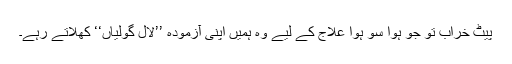
پیٹ خراب تو جو ہوا سو ہوا علاج کے لیے وہ ہمیں اپنی آزمودہ ’’لال گولیاں‘‘ کھلاتے رہے۔